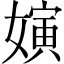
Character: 𱙫